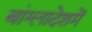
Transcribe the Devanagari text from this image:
बांग्लादेशमें